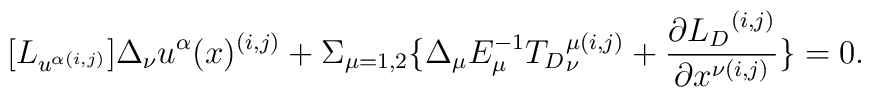
[{L}_{u^{\alpha (i,j)}}]\Delta_\nu u^\alpha (x)^{(i,j)}+\Sigma_{\mu=1,2}\{ \Delta_\mu E_\mu^{-1}{{T}_D}_\nu ^{\mu(i,j)}+\frac{\partial{{L}_D}^{(i,j)}}{\partial x^{\nu (i,j)}}\}=0.